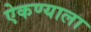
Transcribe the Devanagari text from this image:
ऐकण्याला